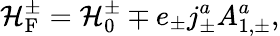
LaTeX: {\cal H}_{\mathrm{F}}^{\pm}={\cal H}_{0}^{\pm}\mp e_{\pm}j_{\pm}^{a}A_{1,\pm}^{a},